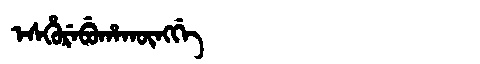
Manchu: ᡝᠰᡥᡠᡵᡝᠪᡠᡥᠠᡴᡡᠩᡤᡝ
Romanization: ESHUREBUHAKŪNGGE